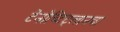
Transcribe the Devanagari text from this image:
टेनोच्टिट्लानचा